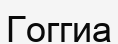
Гоггиа